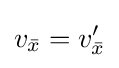
v_{\bar {x}}=v_{\bar {x}}'